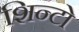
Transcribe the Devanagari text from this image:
शिन्टो